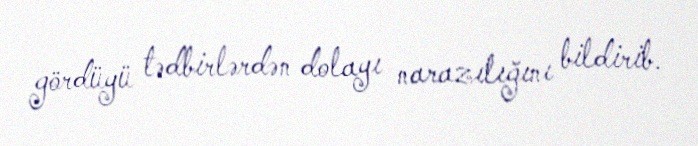
gördüyü tədbirlərdən dolayı narazılığını bildirib.